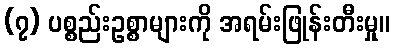
(၇) ပစ္စည်းဥစ္စာများကို အရမ်းဖြုန်းတီးမှု။